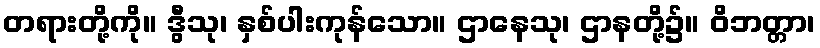
တရားတို့ကို။ ဒွီသု၊ နှစ်ပါးကုန်သော။ ဌာနေသု၊ ဌာနတို့၌။ ဝိဘတ္တာ၊